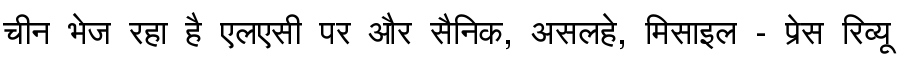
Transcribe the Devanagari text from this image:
चीन भेज रहा है एलएसी पर और सैनिक, असलहे, मिसाइल - प्रेस रिव्यू